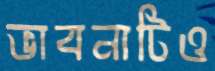
ভাবনাটিও